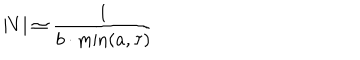
LaTeX: \left| V \right| \simeq \frac 1 { b \cdot \min ( a , \tau ) }